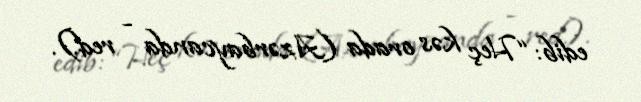
edib: “Heç kəs orada (Azərbaycanda - red.).